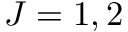
J = 1 , 2